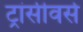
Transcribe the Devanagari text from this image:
ट्रांसीवर्स